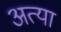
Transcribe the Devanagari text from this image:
अत्या